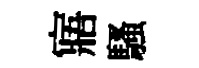
寤騷